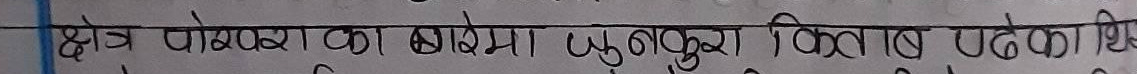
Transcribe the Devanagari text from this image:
क्षेत्र पोखराका बारेमा मुलुकुरा किताब पढेका थि